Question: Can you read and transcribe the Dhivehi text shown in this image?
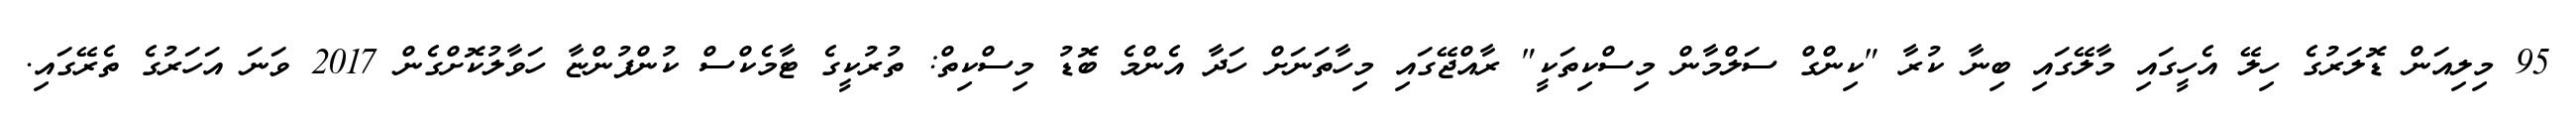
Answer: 95 މިލިއަން ޑޮލަރުގެ ހިލޭ އެހީގައި މާލޭގައި ބިނާ ކުރާ "ކިންގް ސަލްމާން މިސްކިތަކީ" ރާއްޖޭގައި މިހާތަނަށް ހަދާ އެންމެ ބޮޑު މިސްކިތް: ތުރުކީގެ ޓާމެކްސް ކުންފުންޏާ ހަވާލުކޮށްގެން 2017 ވަނަ އަހަރުގެ ތެރޭގައި.